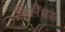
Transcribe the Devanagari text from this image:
फ़िलैंथस